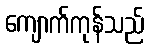
ကျောက်ကုန်သည်